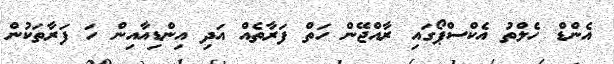
އެންޑް ހެލްތު އެކްސްޕޯގައި ރާއްޖޭން ހަތް ފަރާތެއް އަދި އިންޑިއާއިން ހަ ފަރާތަކުން